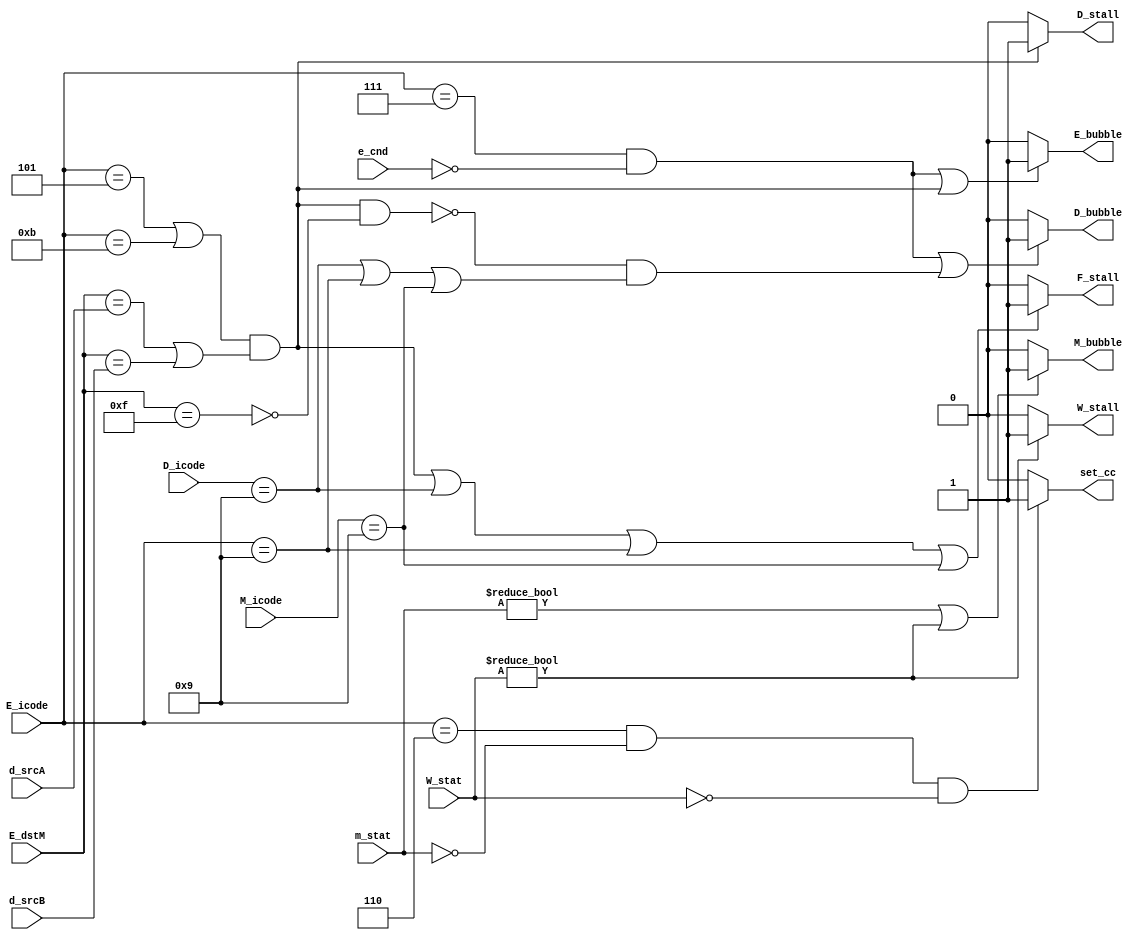
module pipeline_control(D_icode,d_srcA,d_srcB,E_icode,E_dstM,e_cnd,M_icode,m_stat,W_stat,F_stall,D_stall,D_bubble,E_bubble,M_bubble,W_stall,set_cc);
    input [3:0] D_icode,d_srcA,d_srcB,E_icode,E_dstM,M_icode;
    input e_cnd;
    input [1:0] m_stat,W_stat;
    output reg F_stall,D_stall,D_bubble,E_bubble,M_bubble,W_stall,set_cc;
    initial begin
        F_stall = 0;
        D_stall = 0;
        D_bubble = 0;
        E_bubble = 0;
        M_bubble = 0;
        W_stall = 0;
        set_cc = 0;
    end
    
    always @* begin
        F_stall = 0;
        D_stall = 0;
        D_bubble = 0;
        E_bubble = 0;
        M_bubble = 0;
        W_stall = 0;
        set_cc = 0;
        if(((E_icode == 4'b0101 || E_icode == 4'b1011) && (E_dstM == d_srcA || E_dstM == d_srcB)) || D_icode == 4'b1001 || E_icode == 4'b1001 || M_icode == 4'b1001)begin
            F_stall<=1;
        end

        if(((E_icode == 4'b0101 || E_icode == 4'b1011) && (E_dstM == d_srcA || E_dstM == d_srcB)))begin
            D_stall<=1;
        end

        if((E_icode == 4'b0111 && !e_cnd) || (!((E_icode == 4'b0101 || E_icode == 4'b1011) && (E_dstM == d_srcA || E_dstM == d_srcB) && !(E_dstM==4'b1111))  && (D_icode == 4'b1001 || E_icode == 4'b1001 || M_icode == 4'b1001)))begin
            // $display("1,%b\n",(E_icode == 4'b0111 && !e_cnd));
            // $display("2,%b\n",(!((E_icode == 4'b0101 || E_icode == 4'b1011) && (E_dstM == d_srcA || E_dstM == d_srcB) && !(E_dstM==4'b1111))  && (D_icode == 4'b1001 || E_icode == 4'b1001 || M_icode == 4'b1001)));
            // $display("e_cnd=%d \n",e_cnd);
            // $display("3,%b\n",(E_icode == 4'b0111 && !e_cnd));
            D_bubble<=1;
        end

        if((E_icode == 4'b0111 && !e_cnd) || ((E_icode == 4'b0101 || E_icode == 4'b1011) && (E_dstM == d_srcA || E_dstM == d_srcB)))begin
            E_bubble<=1;
        end

        if(m_stat!=0 || W_stat!=0)begin
            M_bubble<=1;
        end

        if(W_stat!=0)begin
            W_stall<=1;
        end

        if(E_icode==4'b0110 && m_stat==0 && W_stat ==0)begin
            set_cc<=1;
        end

    end

endmodule